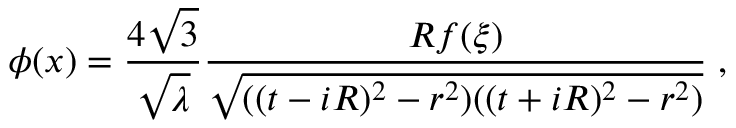
\phi ( x ) = \frac { 4 \sqrt { 3 } } { \sqrt { \lambda } } \frac { R f ( \xi ) } { \sqrt { ( ( t - i R ) ^ { 2 } - r ^ { 2 } ) ( ( t + i R ) ^ { 2 } - r ^ { 2 } ) } } \; ,